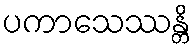
ပကာသေဿန္တိ